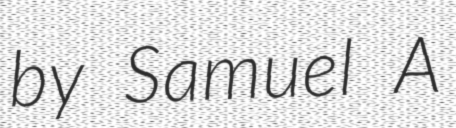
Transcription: by Samuel A